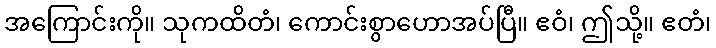
အကြောင်းကို။ သုကထိတံ၊ ကောင်းစွာဟောအပ်ပြီ။ ဧဝံ၊ ဤသို့။ ဧတံ၊